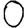
Digit: 0